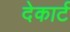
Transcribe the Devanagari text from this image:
देकार्ट